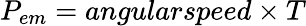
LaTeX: P_{em}={angularspeed\times T}